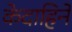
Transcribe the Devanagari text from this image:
केदाहिने